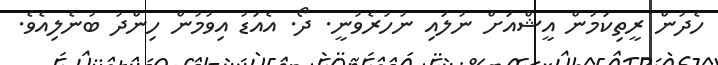
ހެދުން ރީތިކަމުން އީޝްއަށް ނުލައި ނުހުރެވުނީ. ދޯ. އެއަޑު އިވުމުން ހިންދު ބުނެލިއެވެ.